65_HS1-834228961_62-HQ-83894_Section_9
Agency: FBI
Page 48
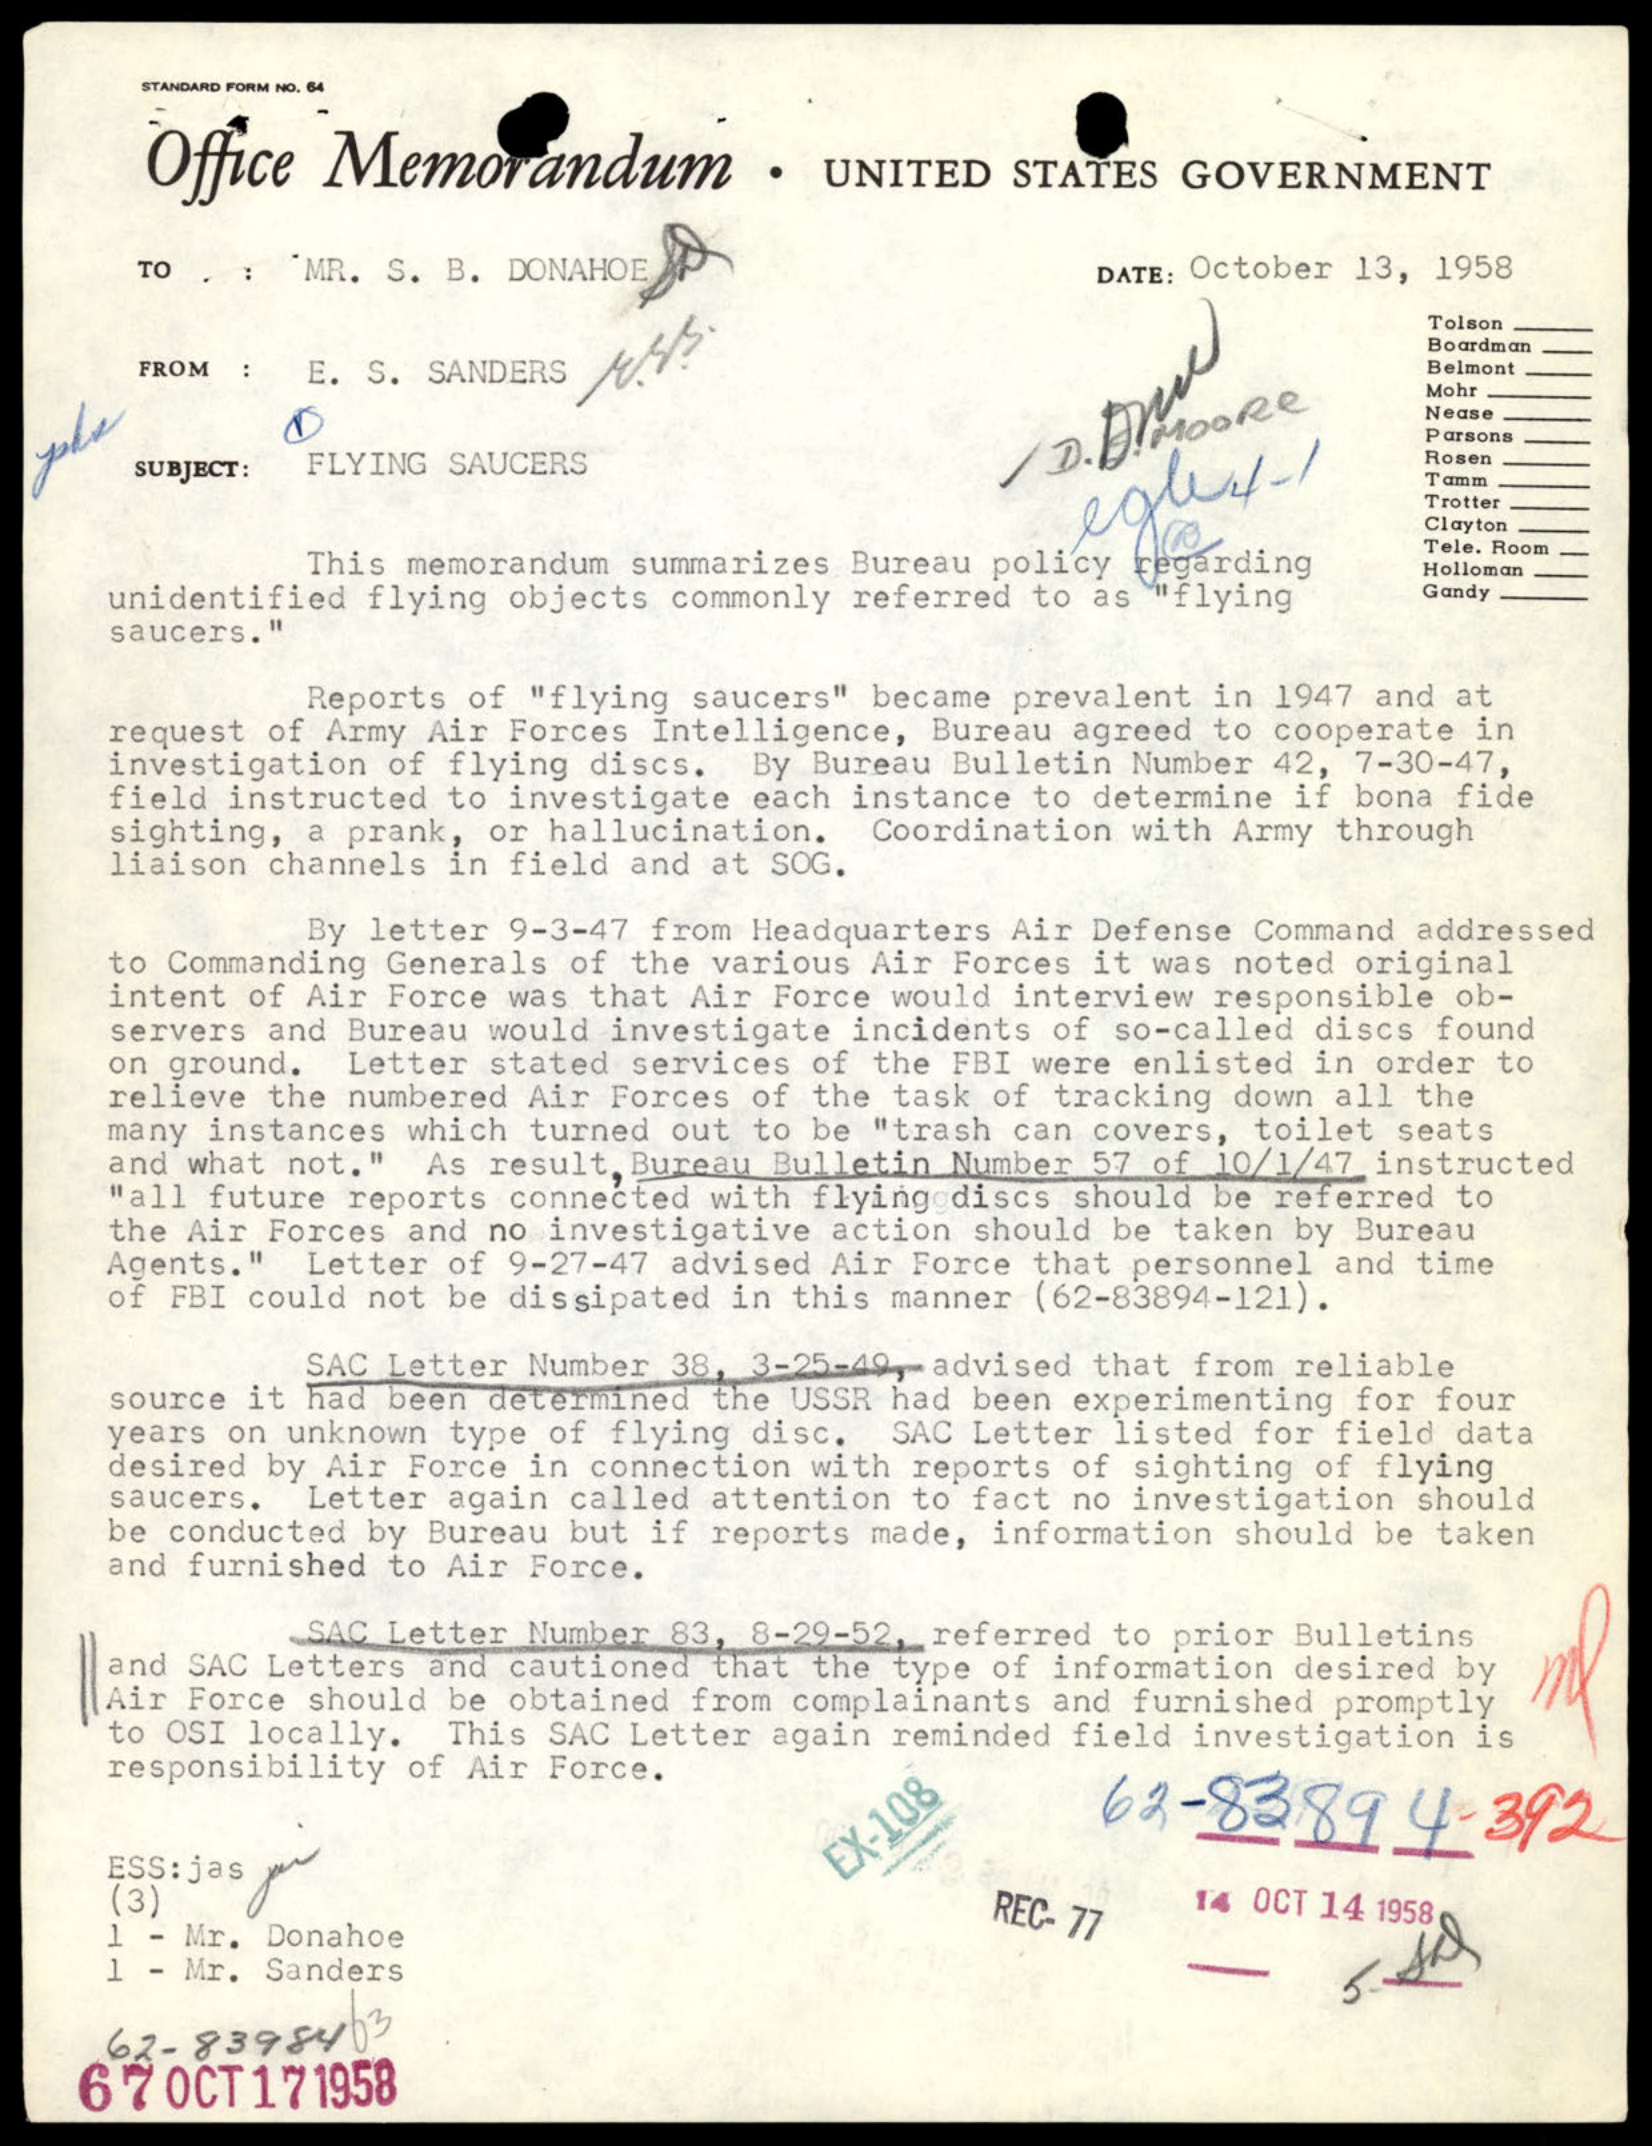